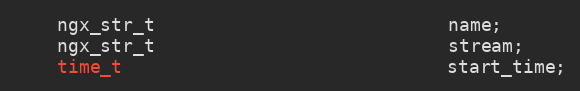
Language: C
    ngx_str_t                           name;
    ngx_str_t                           stream;
    time_t                              start_time;